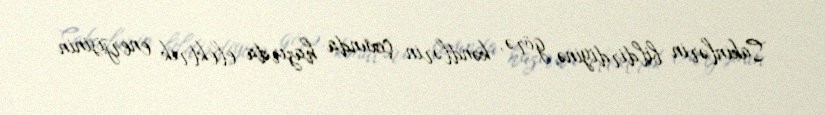
Sakinlərin bildirdiyinə görə, kəndlərin çoxunda hazırda elektrik enerjisinin